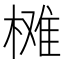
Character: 𣗙